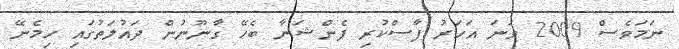
ނަމަވެސް 2009 ވަނަ އަހަރު ފާސްކުރި ޕެންޝަނާ ބެހޭ ގާނޫނުން ދައުލަތުގައި ހިމެނޭ